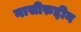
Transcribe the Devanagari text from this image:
नासीरुद्दीन